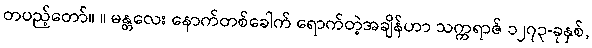
တပည့်တော်။ ။ မန္တလေး နောက်တစ်ခေါက် ရောက်တဲ့အချိန်ဟာ သက္ကရာဇ် ၁၂၇၃-ခုနှစ်,